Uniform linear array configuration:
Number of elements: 16
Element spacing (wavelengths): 0.5
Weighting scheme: hamming
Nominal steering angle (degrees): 60
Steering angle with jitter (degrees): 59.839
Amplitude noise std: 0.05
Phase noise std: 0.05

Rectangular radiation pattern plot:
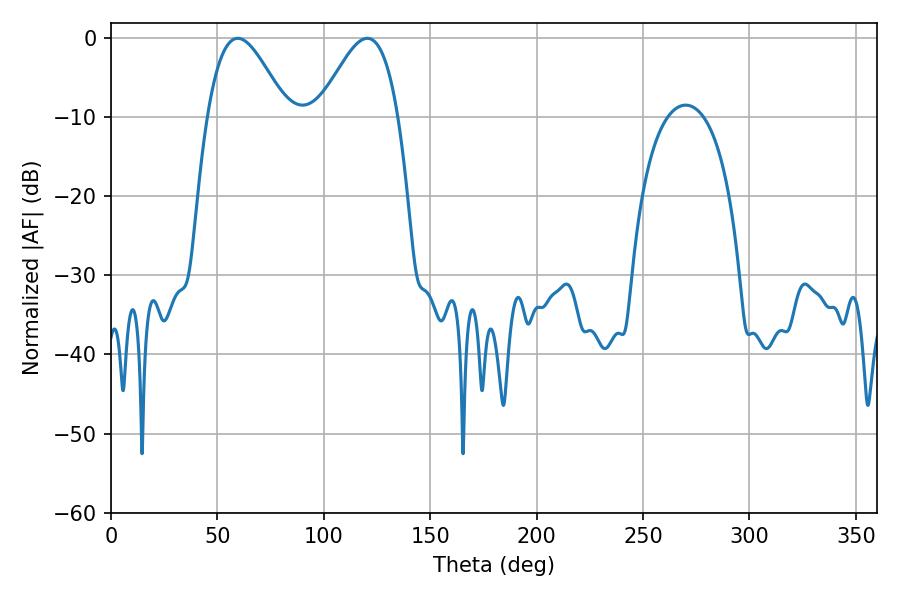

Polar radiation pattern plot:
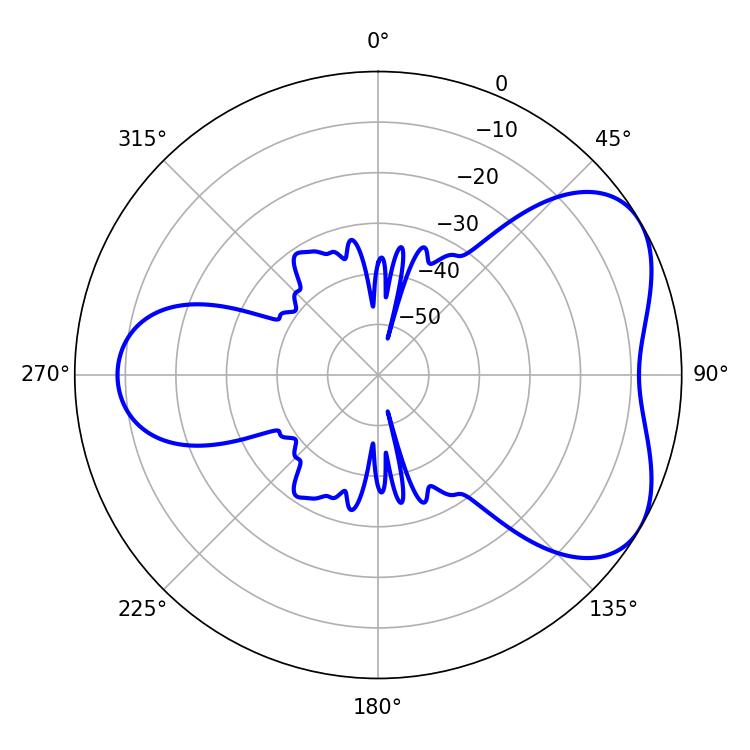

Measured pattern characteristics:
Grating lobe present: FALSE
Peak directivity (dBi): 4.956
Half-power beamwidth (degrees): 19.98
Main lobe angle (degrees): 59.58